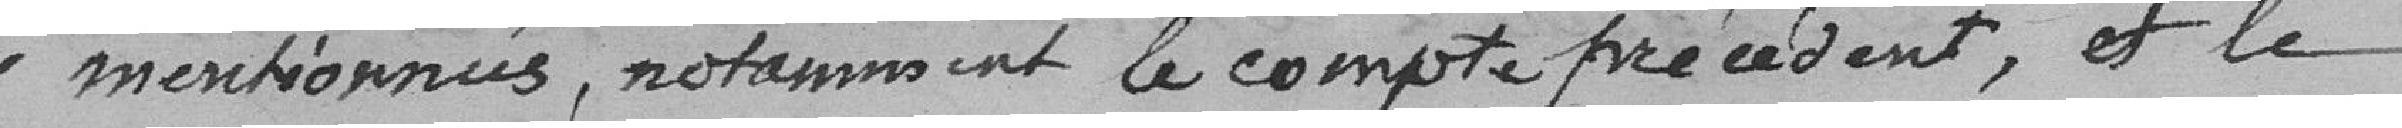
y mentionnées, notamment le compte précédent, et le